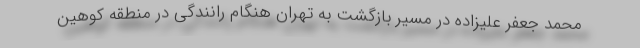
محمد جعفر علیزاده در مسیر بازگشت به تهران هنگام رانندگی در منطقه کوهین